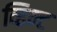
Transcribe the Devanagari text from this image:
व्हिन्ट